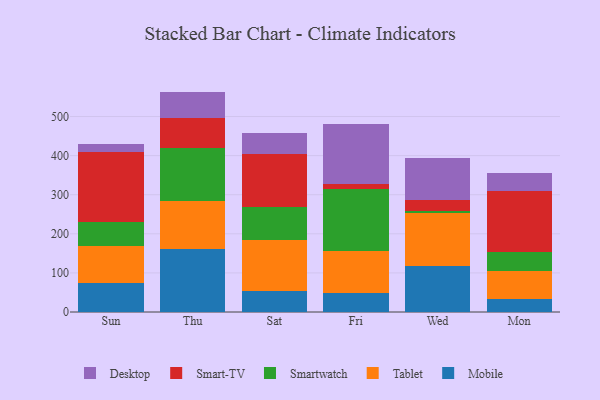
{"axis": {"x": "Day", "y": "Net Income (USD K)"}, "legend": ["Desktop", "Mobile", "Smart-TV", "Smartwatch", "Tablet"], "data": [{"x": "Sun", "y": 74.6, "type": "Mobile"}, {"x": "Sun", "y": 95.4, "type": "Tablet"}, {"x": "Sun", "y": 61.2, "type": "Smartwatch"}, {"x": "Sun", "y": 178.2, "type": "Smart-TV"}, {"x": "Sun", "y": 21.0, "type": "Desktop"}, {"x": "Thu", "y": 161.0, "type": "Mobile"}, {"x": "Thu", "y": 121.7, "type": "Tablet"}, {"x": "Thu", "y": 137.1, "type": "Smartwatch"}, {"x": "Thu", "y": 77.0, "type": "Smart-TV"}, {"x": "Thu", "y": 67.0, "type": "Desktop"}, {"x": "Sat", "y": 54.9, "type": "Mobile"}, {"x": "Sat", "y": 128.5, "type": "Tablet"}, {"x": "Sat", "y": 85.7, "type": "Smartwatch"}, {"x": "Sat", "y": 135.7, "type": "Smart-TV"}, {"x": "Sat", "y": 53.0, "type": "Desktop"}, {"x": "Fri", "y": 47.6, "type": "Mobile"}, {"x": "Fri", "y": 108.7, "type": "Tablet"}, {"x": "Fri", "y": 159.3, "type": "Smartwatch"}, {"x": "Fri", "y": 10.7, "type": "Smart-TV"}, {"x": "Fri", "y": 155.9, "type": "Desktop"}, {"x": "Wed", "y": 118.4, "type": "Mobile"}, {"x": "Wed", "y": 134.5, "type": "Tablet"}, {"x": "Wed", "y": 5.4, "type": "Smartwatch"}, {"x": "Wed", "y": 29.2, "type": "Smart-TV"}, {"x": "Wed", "y": 106.6, "type": "Desktop"}, {"x": "Mon", "y": 32.3, "type": "Mobile"}, {"x": "Mon", "y": 71.5, "type": "Tablet"}, {"x": "Mon", "y": 50.1, "type": "Smartwatch"}, {"x": "Mon", "y": 156.9, "type": "Smart-TV"}, {"x": "Mon", "y": 43.8, "type": "Desktop"}]}